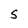
Character: 5